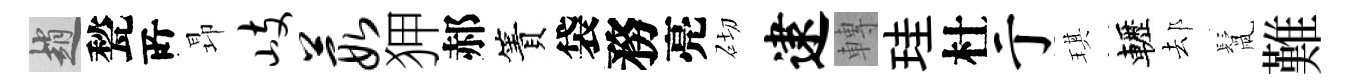
趙甃𠩄昻岐葭狎郝簀袋務亮砌逮轉珪杜亍琪轣𨚫鬛難